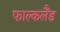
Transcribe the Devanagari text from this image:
फाल्कलैंड